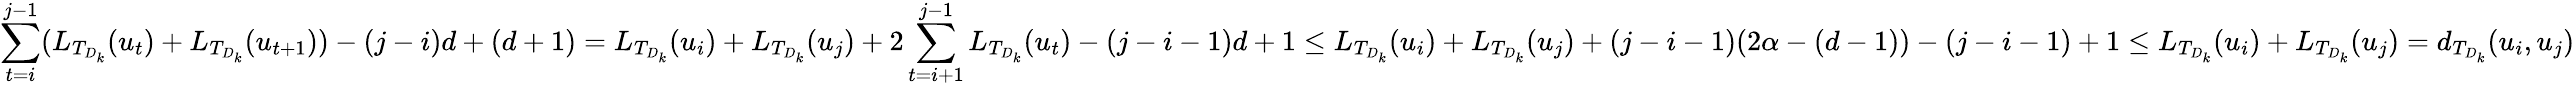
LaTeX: \sum_{t=i}^{j-1}(L_{T_{D_{k}}}(u_{t})+L_{T_{D_{k}}}(u_{t+1}))-(j-i)d+(d+1)=L_{T_{D_{k}}}(u_{i})+L_{T_{D_{k}}}(u_{j})+2\sum_{t=i+1}^{j-1}L_{T_{D_{k}}}(u_{t})-(j-i-1)d+1\leq L_{T_{D_{k}}}(u_{i})+L_{T_{D_{k}}}(u_{j})+(j-i-1)(2\alpha-(d-1))-(j-i-1)+1\leq L_{T_{D_{k}}}(u_{i})+L_{T_{D_{k}}}(u_{j})=d_{T_{D_{k}}}(u_{i},u_{j})